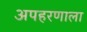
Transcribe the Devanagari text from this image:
अपहरणाला